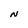
Character: N